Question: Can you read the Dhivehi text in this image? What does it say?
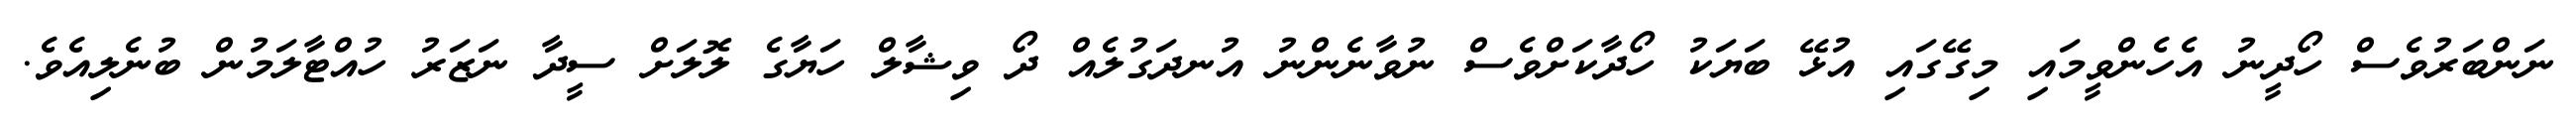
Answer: ނަންބަރުވެސް ހޯދީނު އެހެންވީމައި މިގޭގައި އުޅޭ ބަޔަކު ހޯދާކަށްވެސް ނުވާނެންނު އުނދަގުލެއް ދޯ ވިޝާލް ހަޔާގެ ލޮލަށް ސީދާ ނަޒަރު ހުއްޓާލަމުން ބުނެލިއެވެ.